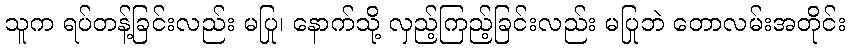
သူက ရပ်တန့်ခြင်းလည်း မပြု၊ နောက်သို့ လှည့်ကြည့်ခြင်းလည်း မပြုဘဲ တောလမ်းအတိုင်း